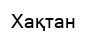
Хақтан